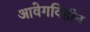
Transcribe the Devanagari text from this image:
आवेगविहीन